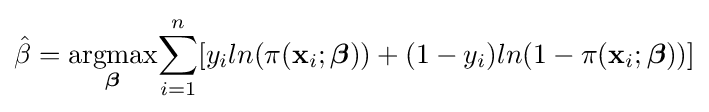
{\hat {\beta }}={\underset {\boldsymbol {\beta }}{\operatorname {argmax} }}{\sum _{i=1}^{n}[y_{i}ln(\pi (\mathbf {x} _{i};{\boldsymbol {\beta }}))+(1-y_{i})ln(1-\pi (\mathbf {x} _{i};{\boldsymbol {\beta }}))]}